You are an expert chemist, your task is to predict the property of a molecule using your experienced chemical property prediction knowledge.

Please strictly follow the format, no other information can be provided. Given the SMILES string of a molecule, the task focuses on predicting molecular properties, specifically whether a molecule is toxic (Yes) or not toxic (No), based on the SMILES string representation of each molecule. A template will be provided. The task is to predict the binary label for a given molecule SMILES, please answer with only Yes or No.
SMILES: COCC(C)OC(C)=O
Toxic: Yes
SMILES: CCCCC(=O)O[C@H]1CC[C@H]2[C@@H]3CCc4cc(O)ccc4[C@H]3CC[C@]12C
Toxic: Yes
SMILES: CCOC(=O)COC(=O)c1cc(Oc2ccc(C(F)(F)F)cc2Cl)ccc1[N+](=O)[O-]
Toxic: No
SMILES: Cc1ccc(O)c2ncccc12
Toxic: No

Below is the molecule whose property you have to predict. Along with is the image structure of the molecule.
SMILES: CC1(C)C(C=C(Cl)Cl)C1C(=O)OCc1cccc(Oc2ccccc2)c1
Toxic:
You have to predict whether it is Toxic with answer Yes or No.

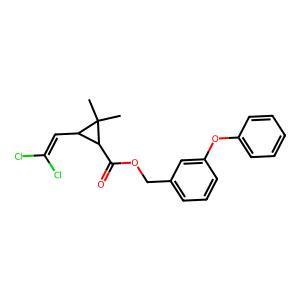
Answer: No